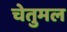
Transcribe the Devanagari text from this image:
चेतुमल